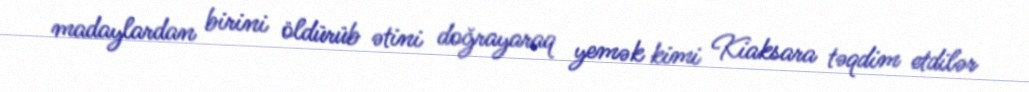
madaylardan birini öldürüb ətini doğrayaraq yemək kimi Kiaksara təqdim etdilər